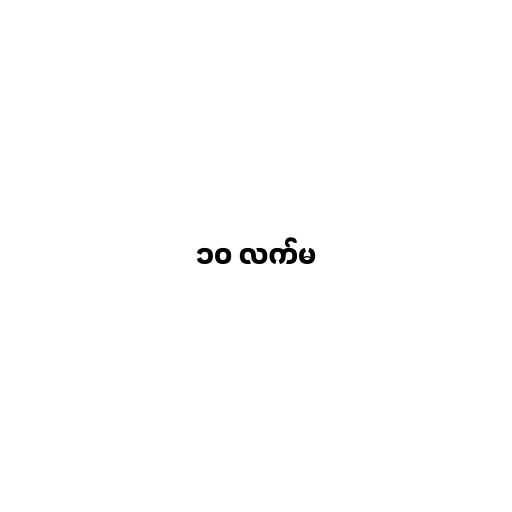
၁၀ လက်မ